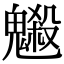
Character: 𩴇